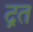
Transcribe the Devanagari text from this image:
द्रत